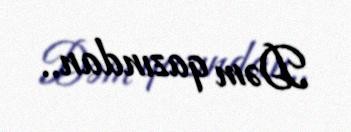
Dəm qazından..